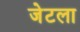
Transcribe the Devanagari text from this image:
जेटला